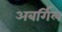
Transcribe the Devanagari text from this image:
अबर्गिल